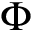
\Phi